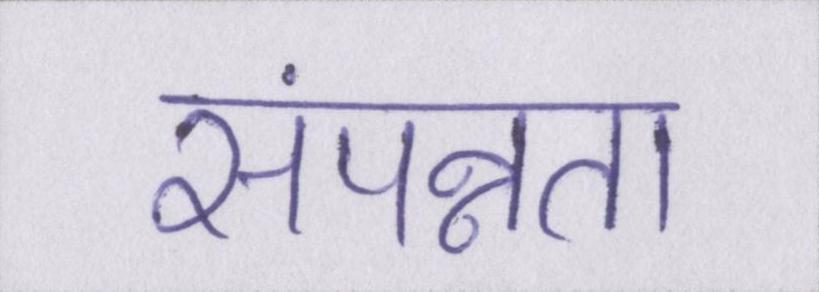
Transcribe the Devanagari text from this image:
संपन्नता